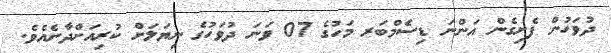
ދުވަހުން ފެށިގެން އަންނަ ޑިސެމްބަރ މަހުގެ 07 ވަނަ ދުވަހުގެ ނިޔަލަށް ކުރިއަށްދާނެއެވެ.